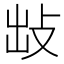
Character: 𢼍